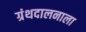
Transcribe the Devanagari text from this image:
ग्रंथदालनाला